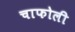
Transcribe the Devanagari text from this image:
चाफोली